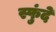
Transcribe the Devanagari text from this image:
स्फुंदे